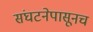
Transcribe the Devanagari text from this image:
संघटनेपासूनच